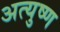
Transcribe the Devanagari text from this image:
अत्युष्ण